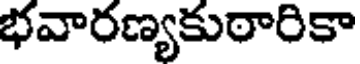
భవారణ్యకుఠారికా